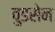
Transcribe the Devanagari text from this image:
वुडसेन